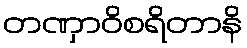
တဏှာဝိစရိတာနိ